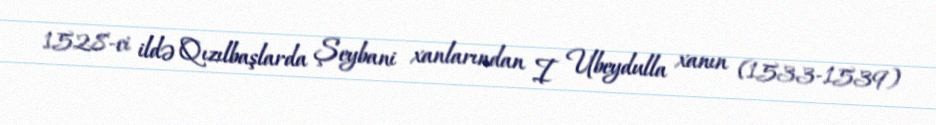
1528-ci ildə Qızılbaşlarda Şeybani xanlarından I Ubeydulla xanın (1533-1539)